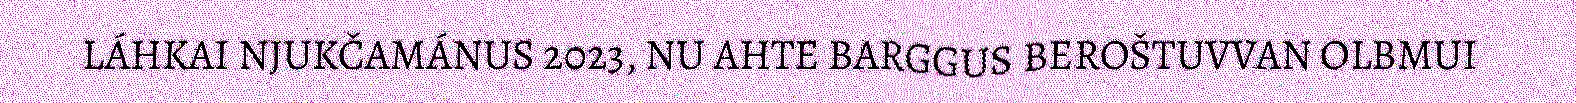
LÁHKAI NJUKČAMÁNUS 2023, NU AHTE BARGGUS BEROŠTUVVAN OLBMUI